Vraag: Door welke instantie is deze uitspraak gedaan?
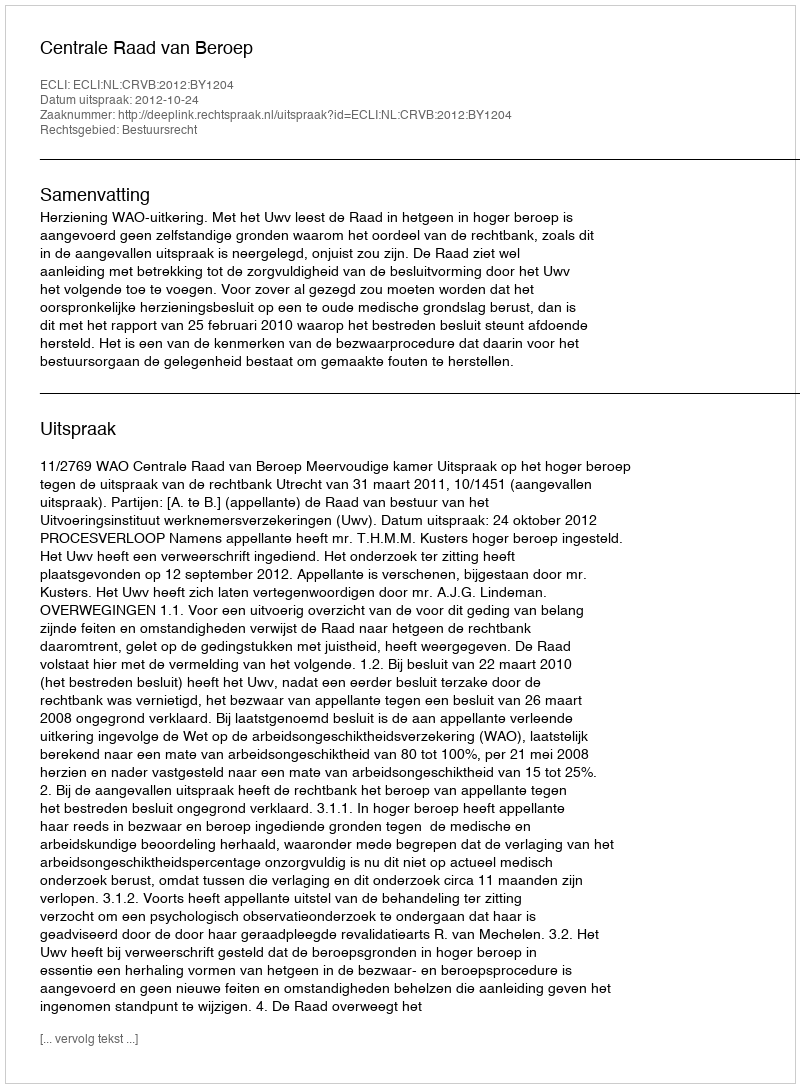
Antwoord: Centrale Raad van Beroep